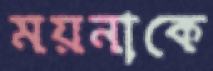
ময়নাকে